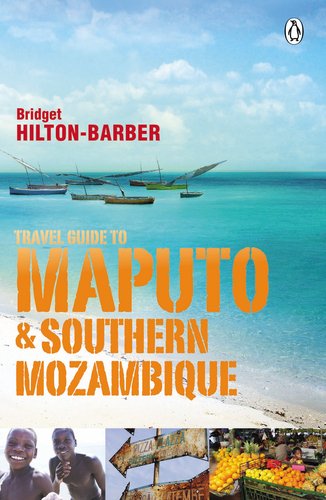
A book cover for Travel Guide to Maputo and Southern Mozambique; Bridget Hilton-Barber; Travel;